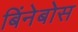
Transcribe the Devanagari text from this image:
बिंनेबोस